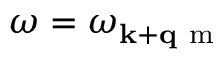
\omega = \omega _ { \mathbf { k } + \mathbf { q } \mathrm { ~ m ~ } }